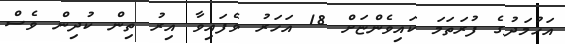
އަހުމަދުގެ ފުރަތަމަ ކައިވެންޏަށް 18 އަހަރު ވެފައިވާ އިރު ތިން ކުދިން ވެސް